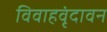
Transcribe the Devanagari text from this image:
विवाहवृंदावन